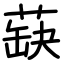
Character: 蒛